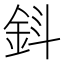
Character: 𨥪